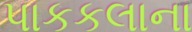
પાકકલાના